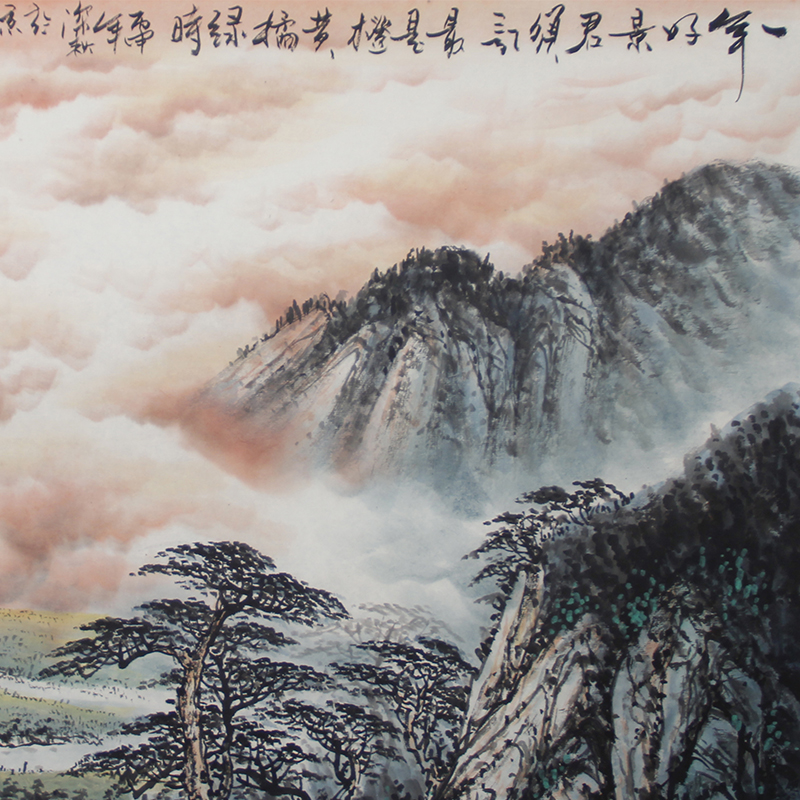
一年好景君须记，最是橙黄橘绿时。